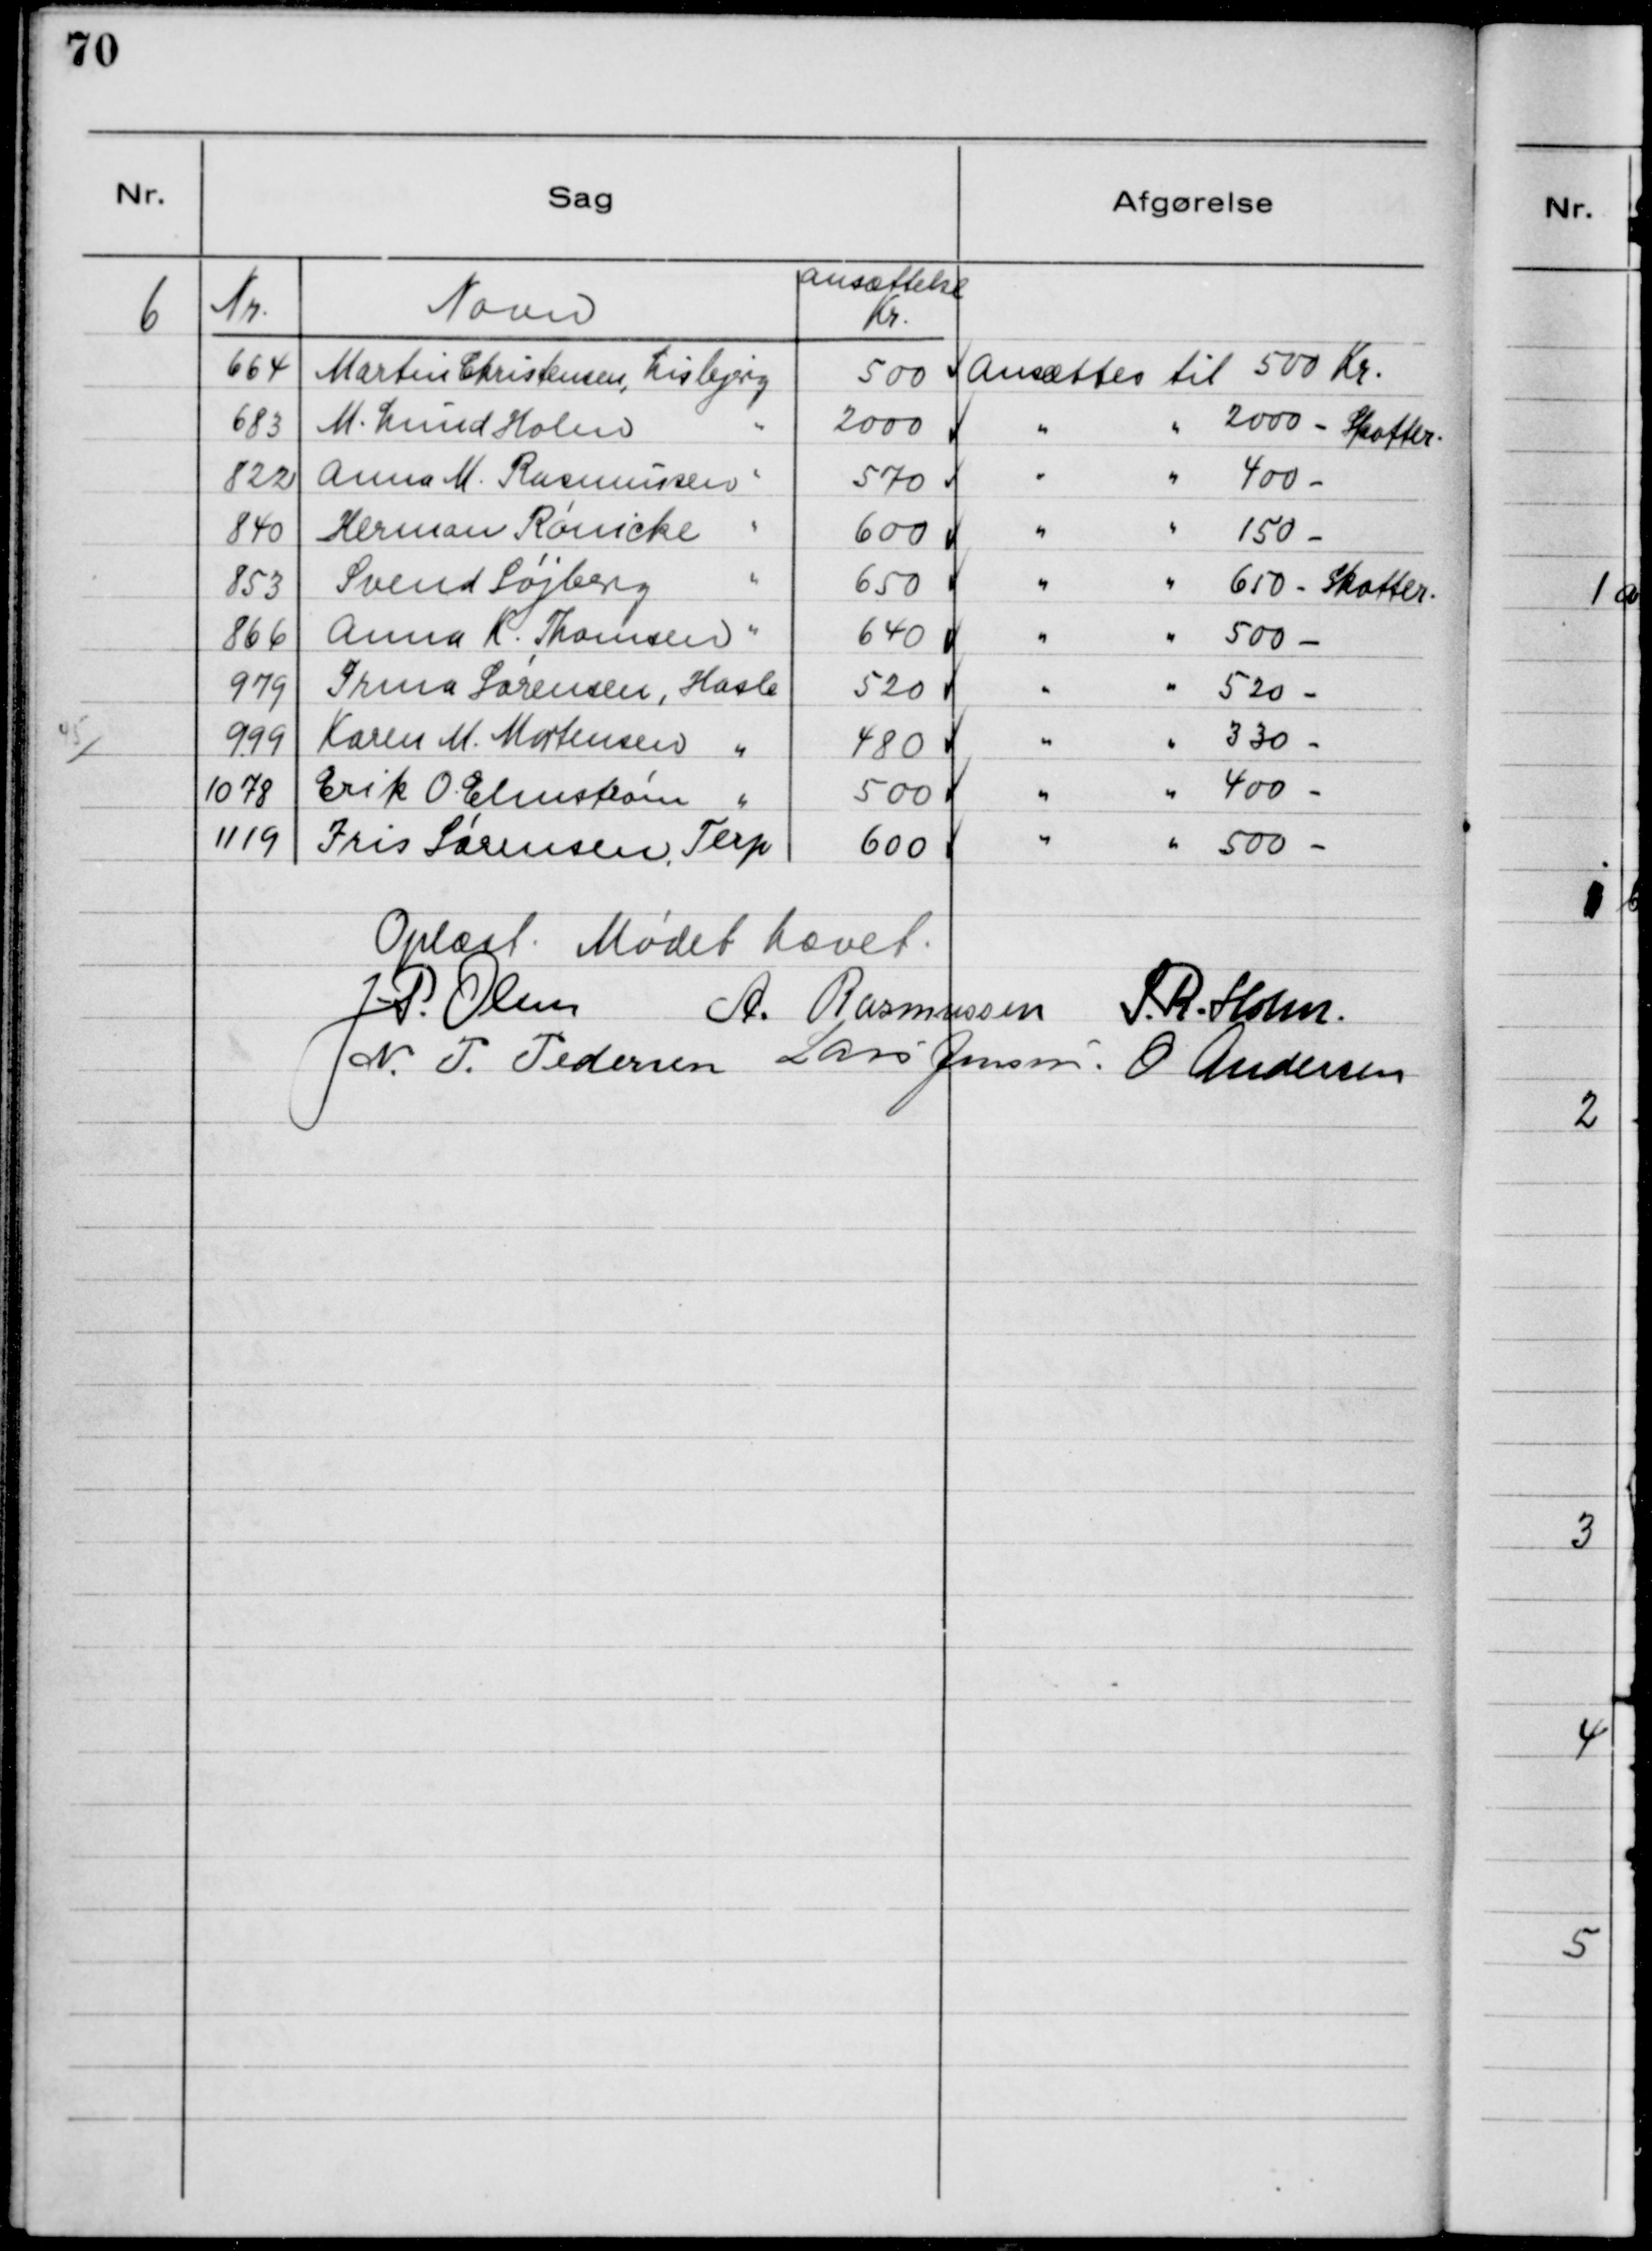
Transskription:
6

Oplæst. Mødet hævet.